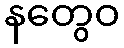
နတွေဝ